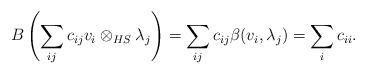
LaTeX: \begin{align*}B\left(\sum_{ij}c_{ij}v_i\otimes_{HS} \lambda_j\right)=\sum_{ij}c_{ij}\beta(v_i,\lambda_j)=\sum_ic_{ii}.\end{align*}